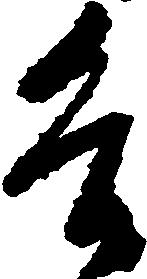
各